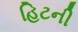
હિટની